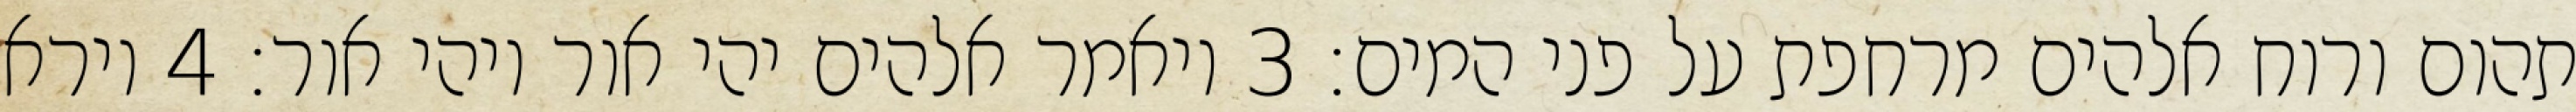
תהום ורוח אלהים מרחפת על פני המים׃ ‎3‏ ויאמר אלהים יהי אור ויהי אור׃ ‎4‏ וירא